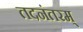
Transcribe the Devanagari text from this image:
तदनंतरम्